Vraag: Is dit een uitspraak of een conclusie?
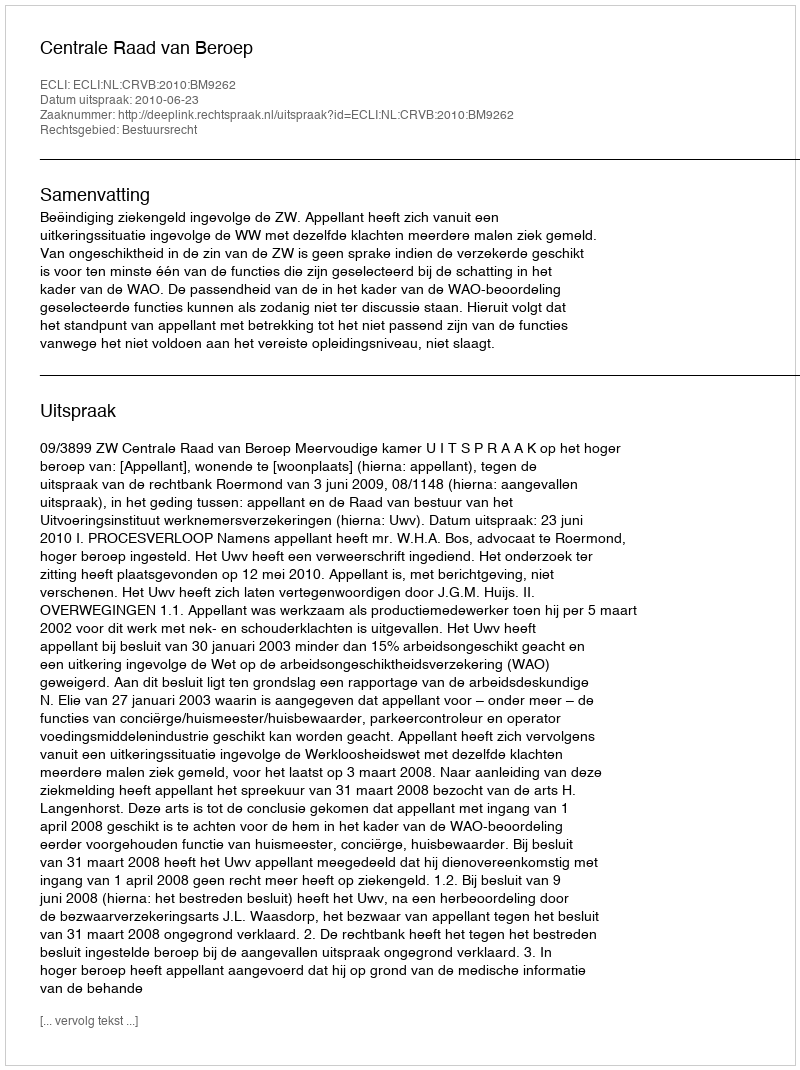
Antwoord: Uitspraak